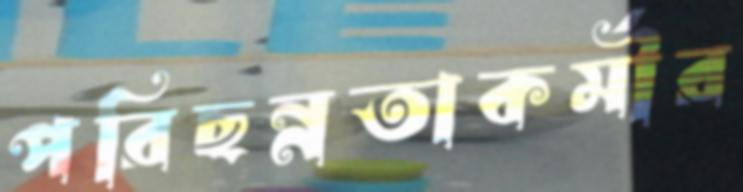
পরিছন্নতাকর্মীর